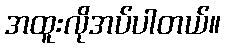
အထူးလိုအပ်ပါတယ်။